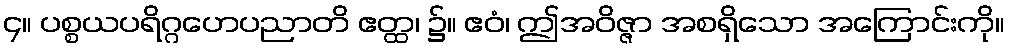
၄။ ပစ္စယပရိဂ္ဂဟေပညာတိ ဧတ္ထ၊ ၌။ ဧဝံ၊ ဤအဝိဇ္ဇာ အစရှိသော အကြောင်းကို။